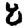
Digit: 8